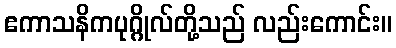
ဧကာသနိကပုဂ္ဂိုလ်တို့သည် လည်းကောင်း။